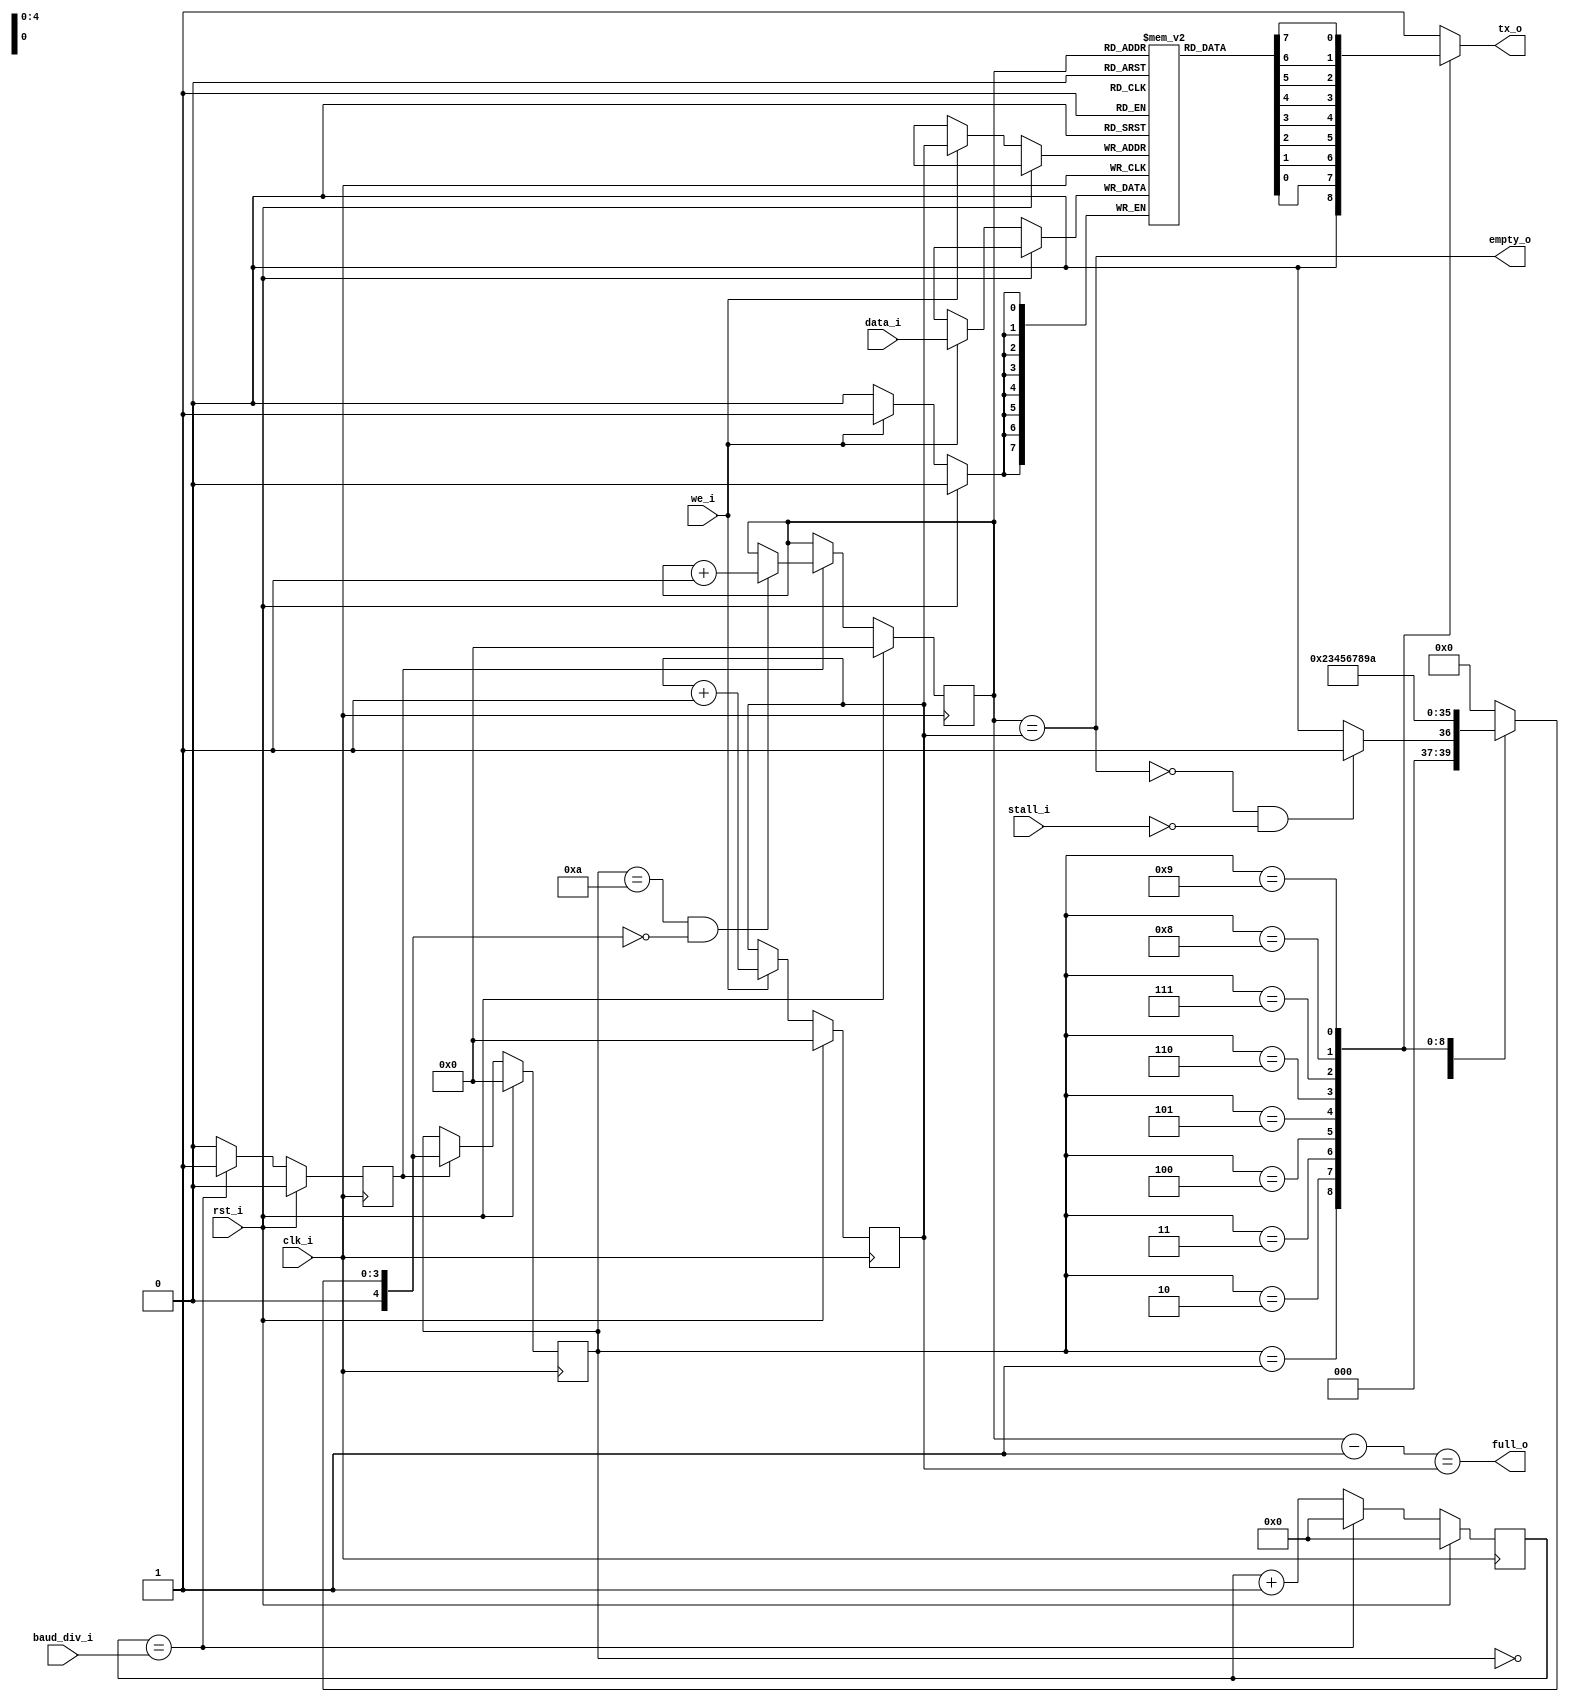
module uart_tx (
   input  wire         clk_i,
   input  wire         rst_i,
   input  wire [15: 0] baud_div_i,
   input  wire         we_i,
   input  wire         stall_i,
   input  wire [ 7: 0] data_i,
   output wire         full_o,
   output wire         empty_o,
   output reg          tx_o
);

   reg [4:0] state;
   reg [4:0] next;
   
   localparam IDLE       = 5'd0,
              START_BIT  = 5'd1,
              DATA_0     = 5'd2,
              DATA_1     = 5'd3,
              DATA_2     = 5'd4,
              DATA_3     = 5'd5,
              DATA_4     = 5'd6,
              DATA_5     = 5'd7,
              DATA_6     = 5'd8,
              DATA_7     = 5'd9,
              STOP_BIT0  = 5'd10;
   
   reg [7:0]  queue [31:0];
   
   reg  [4:0] read_ptr;
   reg  [4:0] write_ptr;
   wire [4:0] limit = read_ptr-1;
   
   reg [15:0] counter;
   reg        uart_clk_pulse;
   
   assign full_o  = (limit    == write_ptr);
   assign empty_o = (read_ptr == write_ptr);
   
   always @(posedge clk_i) begin
      if(rst_i)                state <= IDLE;
      else if(uart_clk_pulse)  state <= next;
      
      if (rst_i) begin
         read_ptr       <= 0;
         write_ptr      <= 0;
         counter        <= 0;
         uart_clk_pulse <= 0;
      end else begin
         if(we_i) begin
            write_ptr        <= write_ptr + 1;
            queue[write_ptr] <= data_i;
         end
         if(uart_clk_pulse)begin
            if((state == STOP_BIT0) && (next == IDLE))
               read_ptr <= read_ptr + 1;
         end
         if(counter == baud_div_i) begin
            counter        <= 0;
            uart_clk_pulse <= 1'b1;
         end else begin
            counter <= counter + 1;
            uart_clk_pulse <= 1'b0;
         end
      end
   end
   
   always @(*) begin
      case(state)
         IDLE:  if(~empty_o && ~stall_i) next = START_BIT;
                else                     next = IDLE;
         START_BIT: next = DATA_0;
         DATA_0:    next = DATA_1;
         DATA_1:    next = DATA_2;
         DATA_2:    next = DATA_3;
         DATA_3:    next = DATA_4;
         DATA_4:    next = DATA_5;
         DATA_5:    next = DATA_6;
         DATA_6:    next = DATA_7;
         DATA_7:    next = STOP_BIT0;
         STOP_BIT0: next = IDLE;
         default:   next = IDLE;
      endcase
   end
   always @(*) begin
      case(state)
         IDLE:      tx_o = 1'b1;
         START_BIT: tx_o = 1'b0;
         DATA_0:    tx_o = queue[read_ptr][0];
         DATA_1:    tx_o = queue[read_ptr][1];
         DATA_2:    tx_o = queue[read_ptr][2];
         DATA_3:    tx_o = queue[read_ptr][3];
         DATA_4:    tx_o = queue[read_ptr][4];
         DATA_5:    tx_o = queue[read_ptr][5];
         DATA_6:    tx_o = queue[read_ptr][6];
         DATA_7:    tx_o = queue[read_ptr][7];
         STOP_BIT0: tx_o = 1'b1;
         default:   tx_o = 1'b1;
      endcase
   end
endmodule